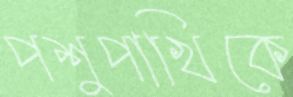
পশুপাখিকে